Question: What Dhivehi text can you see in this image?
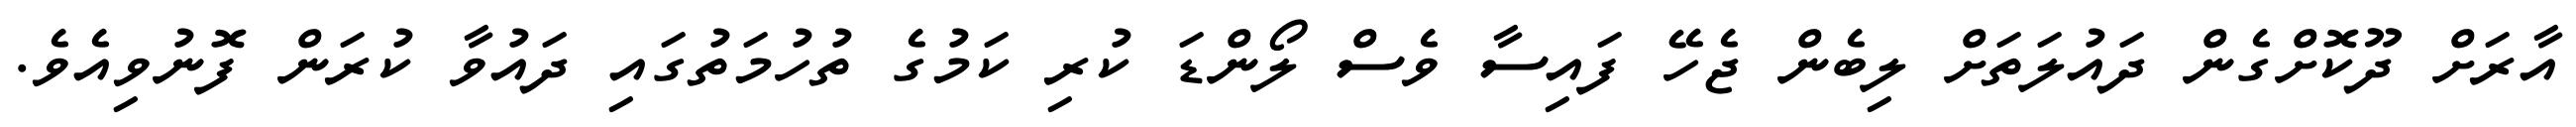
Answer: އާރަށް ދޫކޮށްގެން ދައުލަތަށް ލިބެން ޖެހޭ ފައިސާ ވެސް ލޯންޑަ ކުރި ކަމުގެ ތުހުމަތުގައި ދައުވާ ކުރަން ފޮނުވިއެވެ.